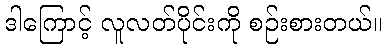
ဒါကြောင့် လူလတ်ပိုင်းကို စဉ်းစားတယ်။